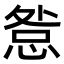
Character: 𢛃